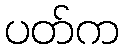
ပတ်က